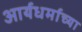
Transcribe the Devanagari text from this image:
आर्यधर्माच्या